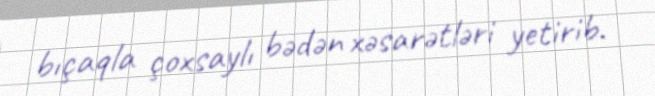
bıçaqla çoxsaylı bədən xəsarətləri yetirib.